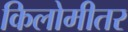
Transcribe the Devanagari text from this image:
किलोमीतर